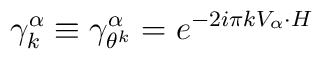
\gamma _{k }^{\alpha } \equiv \gamma _{\theta ^k }^{\alpha }= e^{-2i\pi kV_{\alpha }\cdot H }